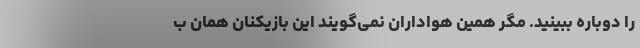
را دوباره ببینید. مگر همین هواداران نمی‌گویند این بازیکنان همان ب